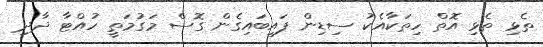
ތެޅި ތެޅި އޮތް ހިތަކާއެކު ސިޑިން ފައިބައިގެން ގޮސް މަގުމަތީ ހުއްޓާ ދާދި